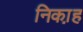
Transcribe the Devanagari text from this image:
निका़ह